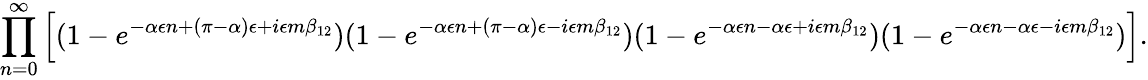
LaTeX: \prod_{n=0}^{\infty}\left[(1-e^{-\alpha\epsilon n+(\pi-\alpha)\epsilon+i\epsilon m\beta_{12}})(1-e^{-\alpha\epsilon n+(\pi-\alpha)\epsilon-i\epsilon m\beta_{12}})(1-e^{-\alpha\epsilon n-\alpha\epsilon+i\epsilon m\beta_{12}})(1-e^{-\alpha\epsilon n-\alpha\epsilon-i\epsilon m\beta_{12}})\right].